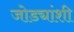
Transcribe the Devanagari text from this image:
जोड्यांशी